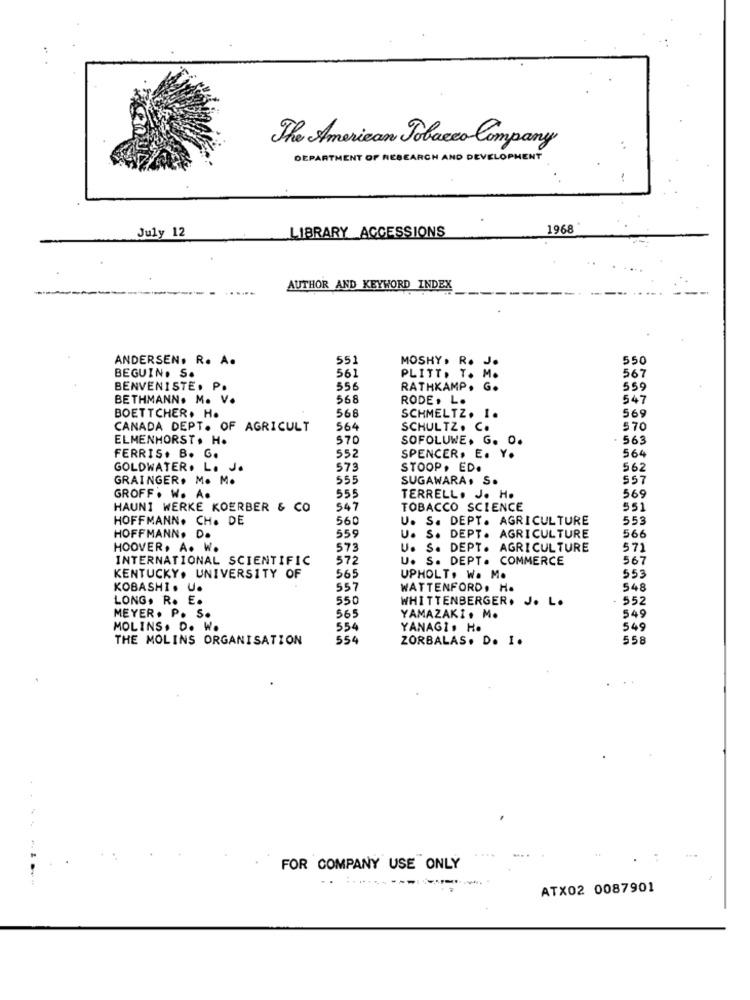
The American Tobacco Company
DEPARTMENT OF RESEARCH AND DEVELOPHER
July 12
1968
LIBRARY ACCESSIONS
AUTHOR AND KEYWORD INDEX
ANDERSEN. R. A.
551
MOSHY. R. J.
550
561
567
BEGUIN. S.
PLITT. T. M.
BENVENISTE. P.
556
RATHKAMP. G.
559
BETHMANN. M. V.
568
RODE . L.
547
566
569
BOETTCHER. H.
SCHMELTZ. I.
CANADA DEPT. OF AGRICULT
564
SCHULTZ. C.
570
ELMENHORST. H.
570
SOFOLUWE. G. O.
563
FERRIS. B. G.
552
SPENCER. E. Y.
564
GOLDWATER. L. J.
57
STOOP. ED.
562
GRAINGER. M. M.
555
SUGAWARA, S.
557
55!
GROFF . W. A.
TERRELL. J. H.
569
HAUNI WERKE KOERBER & CO
54
TOBACCO SCIENCE
551
HOFFMANN. CH. DE
560
U. S. DEPT. AGRICULTURE
553
559
HOFFMANN. D.
U. S. DEPT. AGRICULTURE
566
HOOVER. A. W.
573
U. S. DEPT. AGRICULTURE
571
INTERNATIONAL SCIENTIFIC
57
U. S. DEPT. COMMERCE
567
KENTUCKY. UNIVERSITY OF
565
UPHOLT. W. M.
553
KOBASHI. U.
557
WATTENFORD. H.
548
LONG. R. E.
550
WHITTENBERGER. J. L.
552
549
MEYER. P. S.
565
YAMAZAKI. M.
MOLINS. D. W.
554
YANAGI. H.
549
THE MOLINS ORGANISATION
554
ZORBALAS. D. I.
558
FOR COMPANY USE ONLY
ATX02 0087901